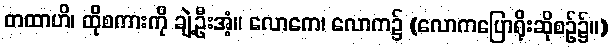
တထာဟိ၊ ထိုစကားကို ချဲ့ဦးအံ့။ လောကေ၊ လောက၌ (လောကပြောရိုးဆိုစဉ်၌။)